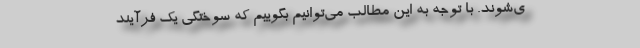
ی‌شوند. با توجه به این مطالب می‌توانیم بگوییم که سوختگی یک فرآیند